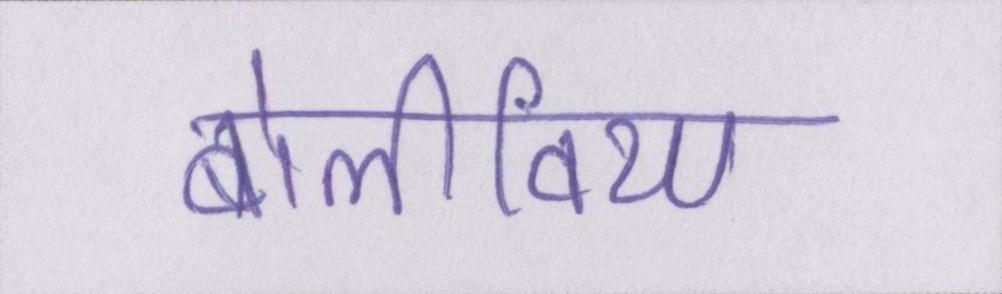
बोलीविया